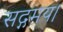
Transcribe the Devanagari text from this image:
सद्गमय।